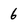
Character: 6